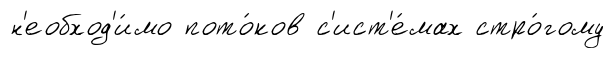
н'еобход'и́мо пото́ков с'ист'е́мах стро́гому